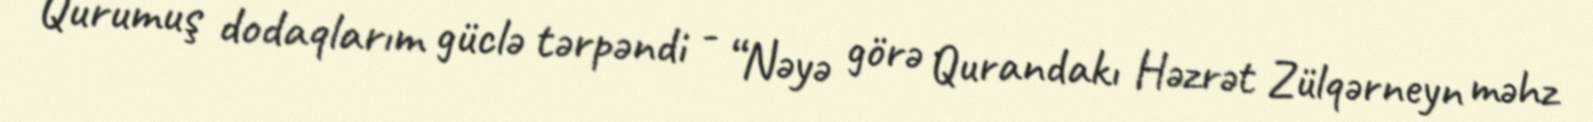
Qurumuş dodaqlarım güclə tərpəndi - “Nəyə görə Qurandakı Həzrət Zülqərneyn məhz